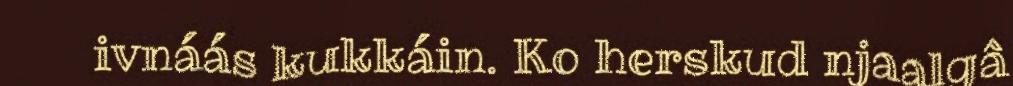
ivnáás kukkáin. Ko herskud njaalgâ